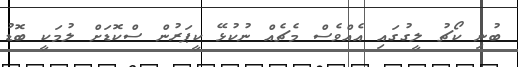
ބުނި ކޯޗު ލީގުގައި އެއްވެސް މެޗެއް ނުކުޅޭ ކީޕަރުން ސްކޮޑަަށް ލުމަކީ ބޮޑު